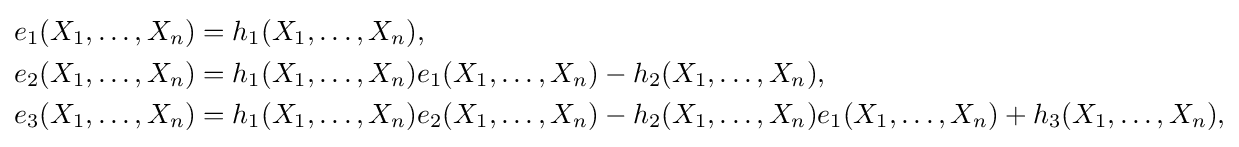
{\begin{aligned}e_{1}(X_{1},\ldots ,X_{n})&=h_{1}(X_{1},\ldots ,X_{n}),\\e_{2}(X_{1},\ldots ,X_{n})&=h_{1}(X_{1},\ldots ,X_{n})e_{1}(X_{1},\ldots ,X_{n})-h_{2}(X_{1},\ldots ,X_{n}),\\e_{3}(X_{1},\ldots ,X_{n})&=h_{1}(X_{1},\ldots ,X_{n})e_{2}(X_{1},\ldots ,X_{n})-h_{2}(X_{1},\ldots ,X_{n})e_{1}(X_{1},\ldots ,X_{n})+h_{3}(X_{1},\ldots ,X_{n}),\\\end{aligned}}